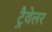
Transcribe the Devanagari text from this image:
ट्रैवेलर